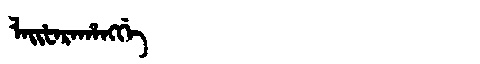
Manchu: ᠯᠠᡳᡶᠠᡵᠠᡥᠠᠩᡤᡝ
Romanization: LAIFARAHANGGE